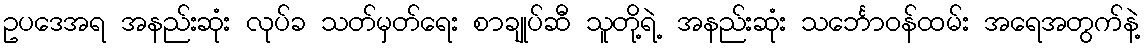
ဥပဒေအရ အနည်းဆုံး လုပ်ခ သတ်မှတ်ရေး စာချုပ်ဆီ သူတို့ရဲ့ အနည်းဆုံး သင်္ဘောဝန်ထမ်း အရေအတွက်နဲ့